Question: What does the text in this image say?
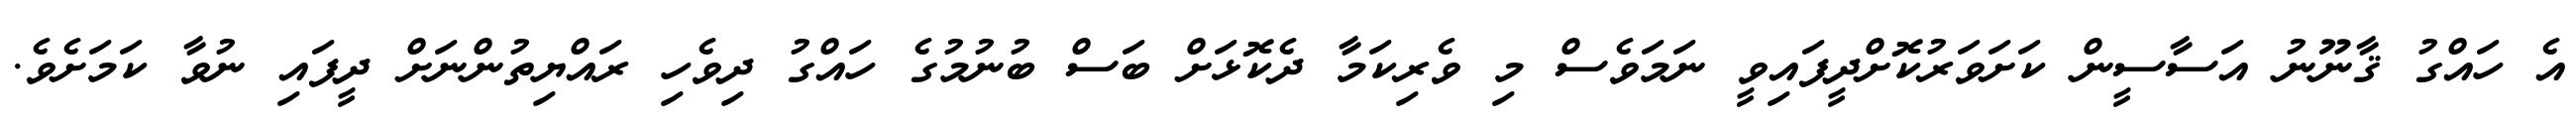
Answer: އެ ހައްގު ޤާނޫނު އަސާސީން ކަށަވަރުކޮށްދީފައިވީ ނަމަވެސް މި ވެރިކަމާ ދެކޮޅަށް ބަސް ބުނުމުގެ ހައްގު ދިވެހި ރައްޔިތުންނަށް ދީފައި ނުވާ ކަމަށެވެ.